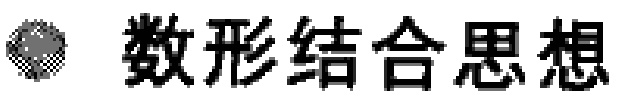
$\text{数形结合思想}$